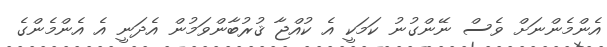
އެންމެންނަށް ވެސް ނޭންގުނު ކަމަކީ އެ ކުއްޖާ ޤުރުބާންވަމުން އެދަނީ އެ އެންމެންގެ